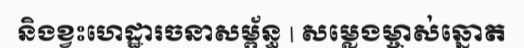
និងខ្វះហេដ្ឋារចនាសម្ព័ន្ធ | សម្លេងម្ចាស់ឆ្នោត